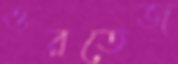
ওরতেজ